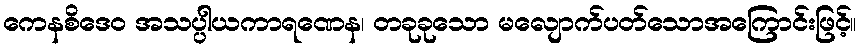
ကေနစိဒေဝ အသပ္ပါယကာရဏေန၊ တခုခုသော မလျောက်ပတ်သောအကြောင်းဖြင့်။